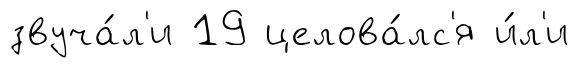
звуча́л'и 19 целова́лс'я и́л'и